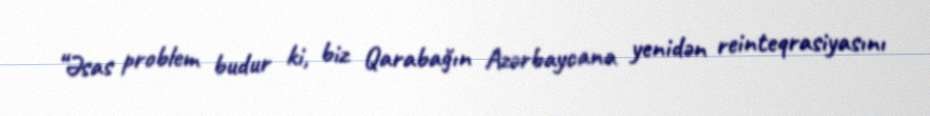
“Əsas problem budur ki, biz Qarabağın Azərbaycana yenidən reinteqrasiyasını